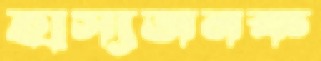
হাস্যজনক